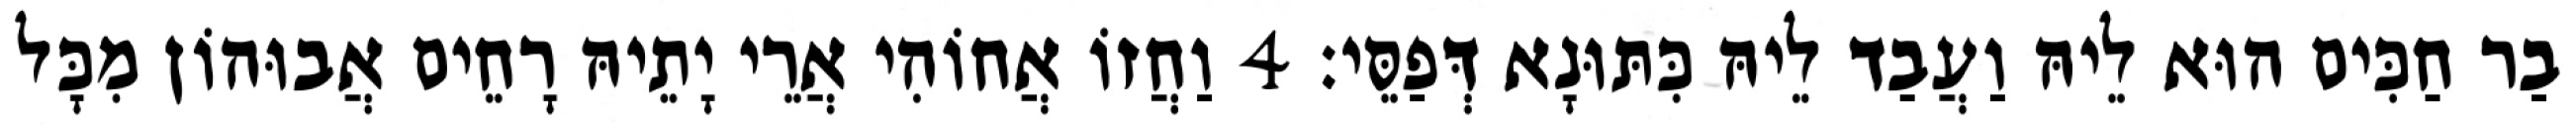
בַר חַכִּים הוּא לֵיהּ וַעֲבַד לֵיהּ כִּתּוּנָא דְּפַסֵּי׃ 4 וַחֲזוֹ אֲחוֹהִי אֲרֵי יָתֵיהּ רָחֵים אֲבוּהוֹן מִכָּל